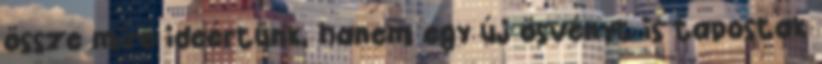
össze mire ideértünk, hanem egy új ösvényt is tapostak